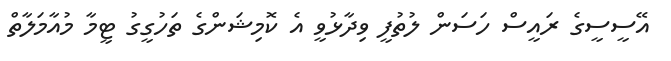
އޭސީސީގެ ރައީސް ހަސަން ލުތުފީ ވިދާޅުވީ އެ ކޮމިޝަންގެ ތަހުގީގު ޓީމާ މުއާމަލާތް